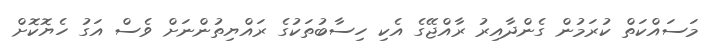
މަސައްކަތް ކުރަމުން ގެންދާއިރު ރާއްޖޭގެ އެކި ހިސާބުތަކުގެ ރައްޔިތުންނަށް ވެސް އަގު ހެޔޮކޮށް